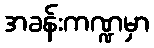
အခန်းကဏ္ဍမှာ